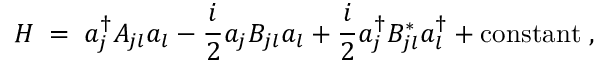
H \; = \; a _ { j } ^ { \dagger } A _ { j l } a _ { l } - \frac { i } { 2 } a _ { j } B _ { j l } a _ { l } + \frac { i } { 2 } a _ { j } ^ { \dagger } B _ { j l } ^ { * } a _ { l } ^ { \dagger } + \mathrm { c o n s t a n t } \; ,